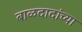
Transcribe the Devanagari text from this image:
बाळदादांच्या